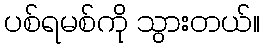
ပစ်ရမစ်ကို သွားတယ်။